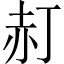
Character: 𧹙